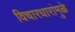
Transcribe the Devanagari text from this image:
विचारधारांमुळे